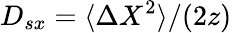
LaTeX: D_{sx}=\langle\Delta X^{2}\rangle/(2z)